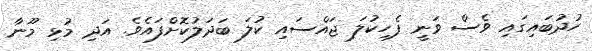
ހުދުބައިގައި ވެސް ވަނީ ފެހިކުލަ ޖައްސައި ކުލަ ބަދަލުކޮށްފައެވެ. އަދި މުޅި މޫނާ